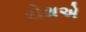
રોથએ